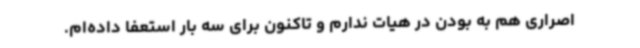
اصراری هم به بودن در هیات ندارم و تاکنون برای سه بار استعفا داده‌ام.